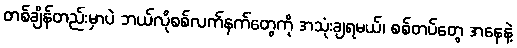
တစ်ချိန်တည်းမှာပဲ ဘယ်လိုစစ်လက်နက်တွေကို အသုံးချရမယ်၊ စစ်တပ်တွေ အနေနဲ့